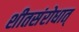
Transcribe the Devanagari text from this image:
शीतसंरोधात्